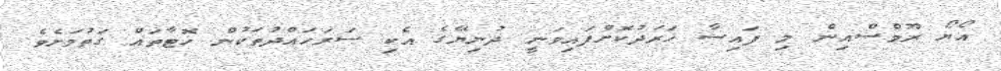
އޯޔޯ ރޫމްސްއިން މި ފައިސާ ޚަރަދުކޮށްފައިވަނީ ދުނިޔޭގެ އެކި ސަރަހައްދުތަކުން ހޮޓާތައް ގަތުމަށެވެ.